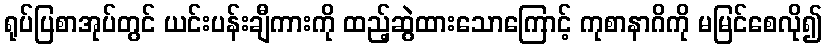
ရုပ်ပြစာအုပ်တွင် ယင်းပန်းချီကားကို ထည့်ဆွဲထားသောကြောင့် ကုစာနာဂိကို မမြင်စေလို၍